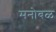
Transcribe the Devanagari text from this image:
मनोबळ